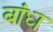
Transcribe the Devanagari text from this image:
बांध्‍ा